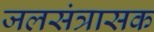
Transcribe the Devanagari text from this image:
जलसंत्रासक